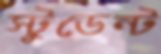
স্টুডেন্ট